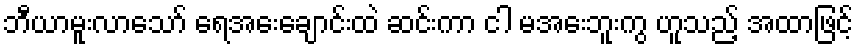
ဘီယာမူးလာသော် ရေအေးချောင်းထဲ ဆင်းကာ ငါ မအေးဘူးကွ ဟူသည့် အထာဖြင့်